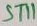
Text: ST11